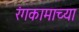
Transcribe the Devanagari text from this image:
रंगकामाच्या